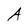
Character: A